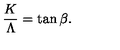
\frac { K } { \Lambda } = \tan { \beta } .